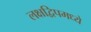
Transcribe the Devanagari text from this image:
लक्षद्विपमध्ये